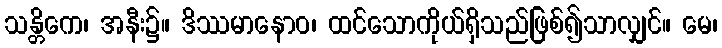
သန္တိကေ၊ အနီး၌။ ဒိဿမာနောဝ၊ ထင်သောကိုယ်ရှိသည်ဖြစ်၍သာလျှင်။ မေ၊